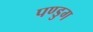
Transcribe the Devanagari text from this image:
पण्डुग